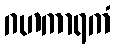
ဂဟကာရကံ